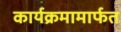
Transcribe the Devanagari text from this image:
कार्यक्रमामार्फत